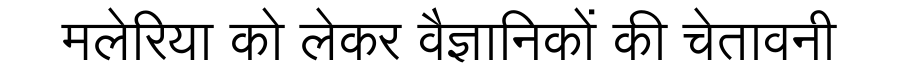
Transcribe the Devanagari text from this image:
मलेरिया को लेकर वैज्ञानिकों की चेतावनी